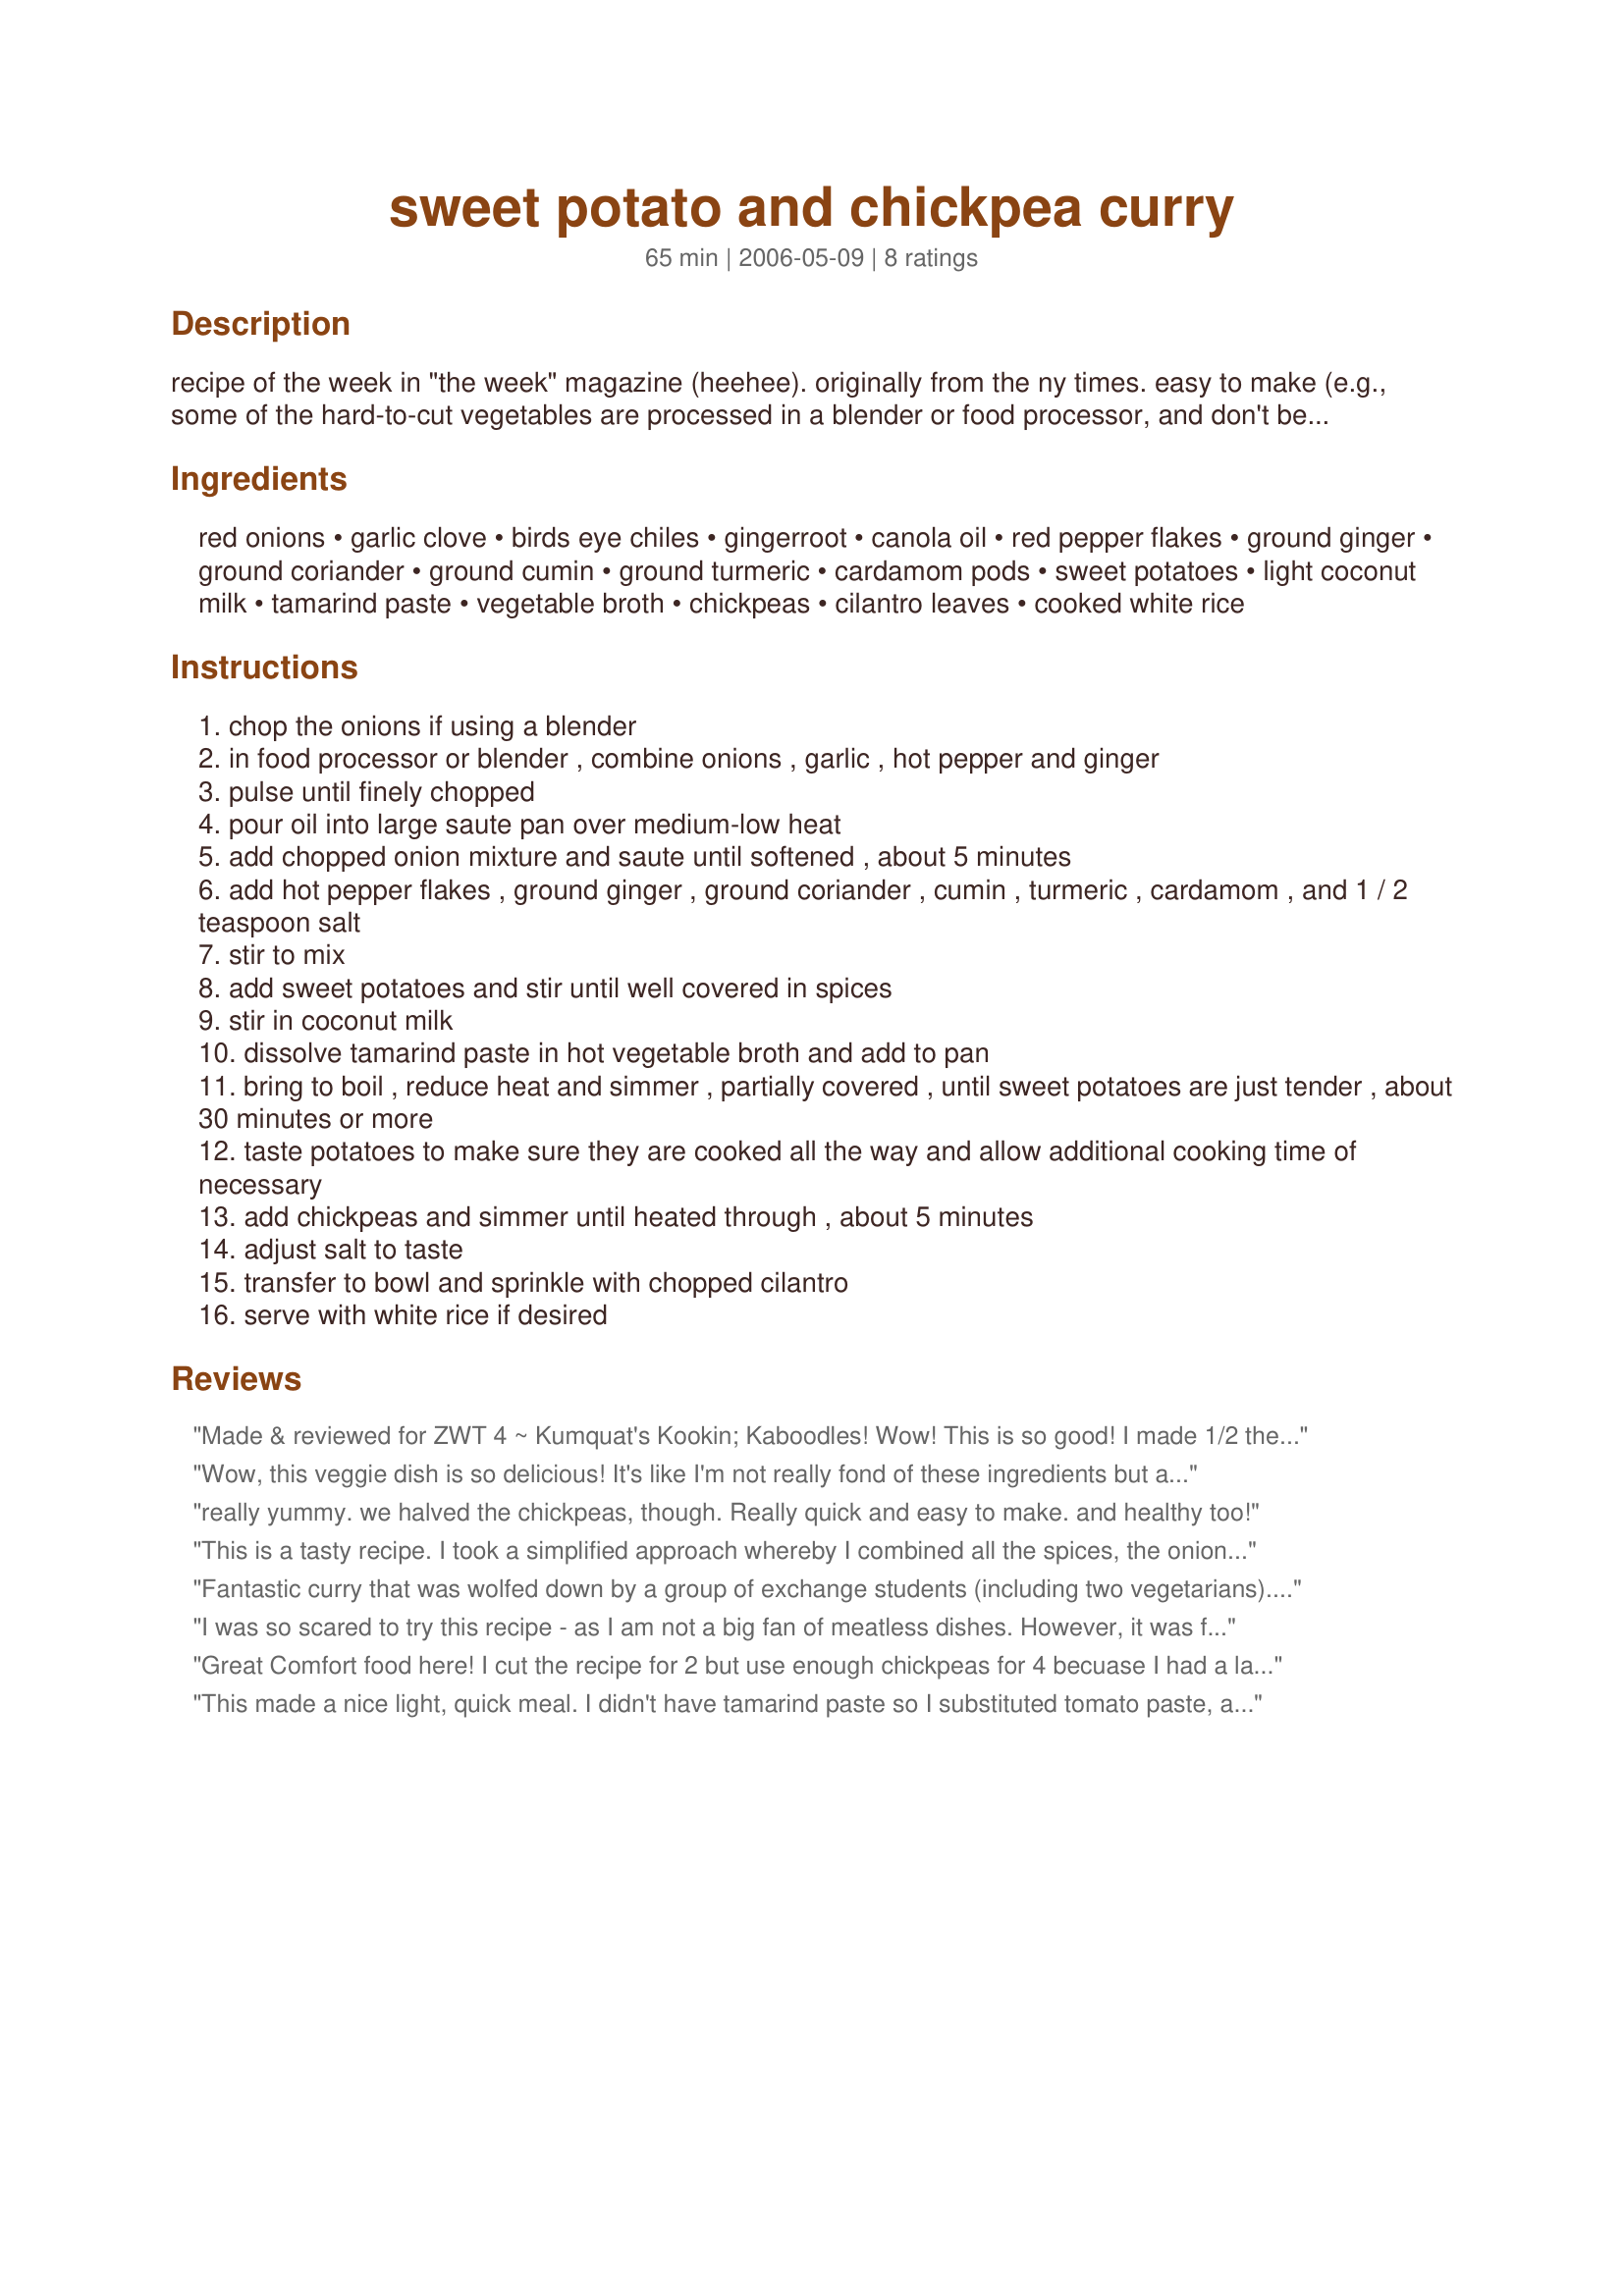
sweet potato and chickpea curry
Preparation time: 65 minutes

recipe of the week in "the week" magazine (heehee). originally from the ny times. easy to make (e.g., some of the hard-to-cut vegetables are processed in a blender or food processor, and don't be put off by the no. of ingredients; they are mostly dried spices) and also ideal as a leftover served atop a thick piece of sourdough toast as per nigella lawson. update - i made this the other night, and it was very tasty with lite coconut milk. i plan to make this again soon:d

Ingredients:
red onions, garlic clove, birds eye chiles, gingerroot, canola oil, red pepper flakes, ground ginger, ground coriander, ground cumin, ground turmeric, cardamom pods, sweet potatoes, light coconut milk, tamarind paste, vegetable broth, chickpeas, cilantro leaves, cooked white rice

Steps:
chop the onions if using a blender
in food processor or blender , combine onions , garlic , hot pepper and ginger
pulse until finely chopped
pour oil into large saute pan over medium-low heat
add chopped onion mixture and saute until softened , about 5 minutes
add hot pepper flakes , ground ginger , ground coriander , cumin , turmeric , cardamom , and 1 / 2 teaspoon salt
stir to mix
add sweet potatoes and stir until well covered in spices
stir in coconut milk
dissolve tamarind paste in hot vegetable broth and add to pan
bring to boil , reduce heat and simmer , partially covered , until sweet potatoes are just tender , about 30 minutes or more
taste potatoes to make sure they are cooked all the way and allow additional cooking time of necessary
add chickpeas and simmer until heated through , about 5 minutes
adjust salt to taste
transfer to bowl and sprinkle with chopped cilantro
serve with white rice if desired

Reviews:
Made & reviewed for ZWT 4 ~ Kumquat's Kookin; Kaboodles! Wow! This is so good! I made 1/2 the recipe & it is amazing. we ate this with coconut rice and enjoyed every last moutful! Thanks Heather for another fab recipe! :)
Wow, this veggie dish is so delicious! It's like I'm not really fond of these ingredients but after trying this, I really liked it! I served this with Recipe #46476 and Recipe #304057 and I sure enjoyed my meal! Thanks for sharing this, H! Made for ZWT4.
really yummy. we halved the chickpeas, though. Really quick and easy to make. and healthy too!
This is a tasty recipe. I took a simplified approach whereby I combined all the spices, the onion, garlic, tamarind and ginger in a food processor to make a paste. I sauted the sweet potatoes a bit in the paste, and added some red bell pepper slices as a substitute for the chickpeas (I was making a different chickpea curry that night, too). Then I just added the coconut milk and let simmer. I didn't bother with the broth, just added milk if more moisture was needed. The color of the curry left a bit to be desired, just kind of a drab brownish, but overall, a tasty curry.
Fantastic curry that was wolfed down by a group of exchange students (including two vegetarians). I didn't have enough sweet potato, so diced and added some zucchini I had on hand. Otherwise made as written.
I was so scared to try this recipe - as I am not a big fan of meatless dishes. However, it was fantastic! Very filling, as it is really starchy when paired with rice. However, I really enjoyed it, and so did my bf!
Thanks!
Great Comfort food here! I cut the recipe for 2 but use enough chickpeas for 4 becuase I had a large can of them used 2 cloves of garlic, 10 onces coconut milk and canned tamarind nectar skipping the broth. Served over rice. And have leftover for 2 more. ;)
This made a nice light, quick meal. I didn't have tamarind paste so I substituted tomato paste, and added a chopped tomato as well. Next time I would add more veggies, like carrots and/or spinach. It wasn't super filling but had a nice kick to it and pretty good flavor. Overall I would say it was good, not great.
